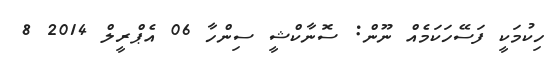
ހިކުމަކީ ފަސޭހަކަމެއް ނޫން: ސޮނާކްޝީ ސިންހާ 06 އެޕްރީލް 2014 8